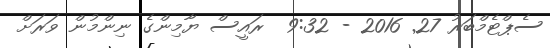
ސެޕްޓެމްބަރު 27